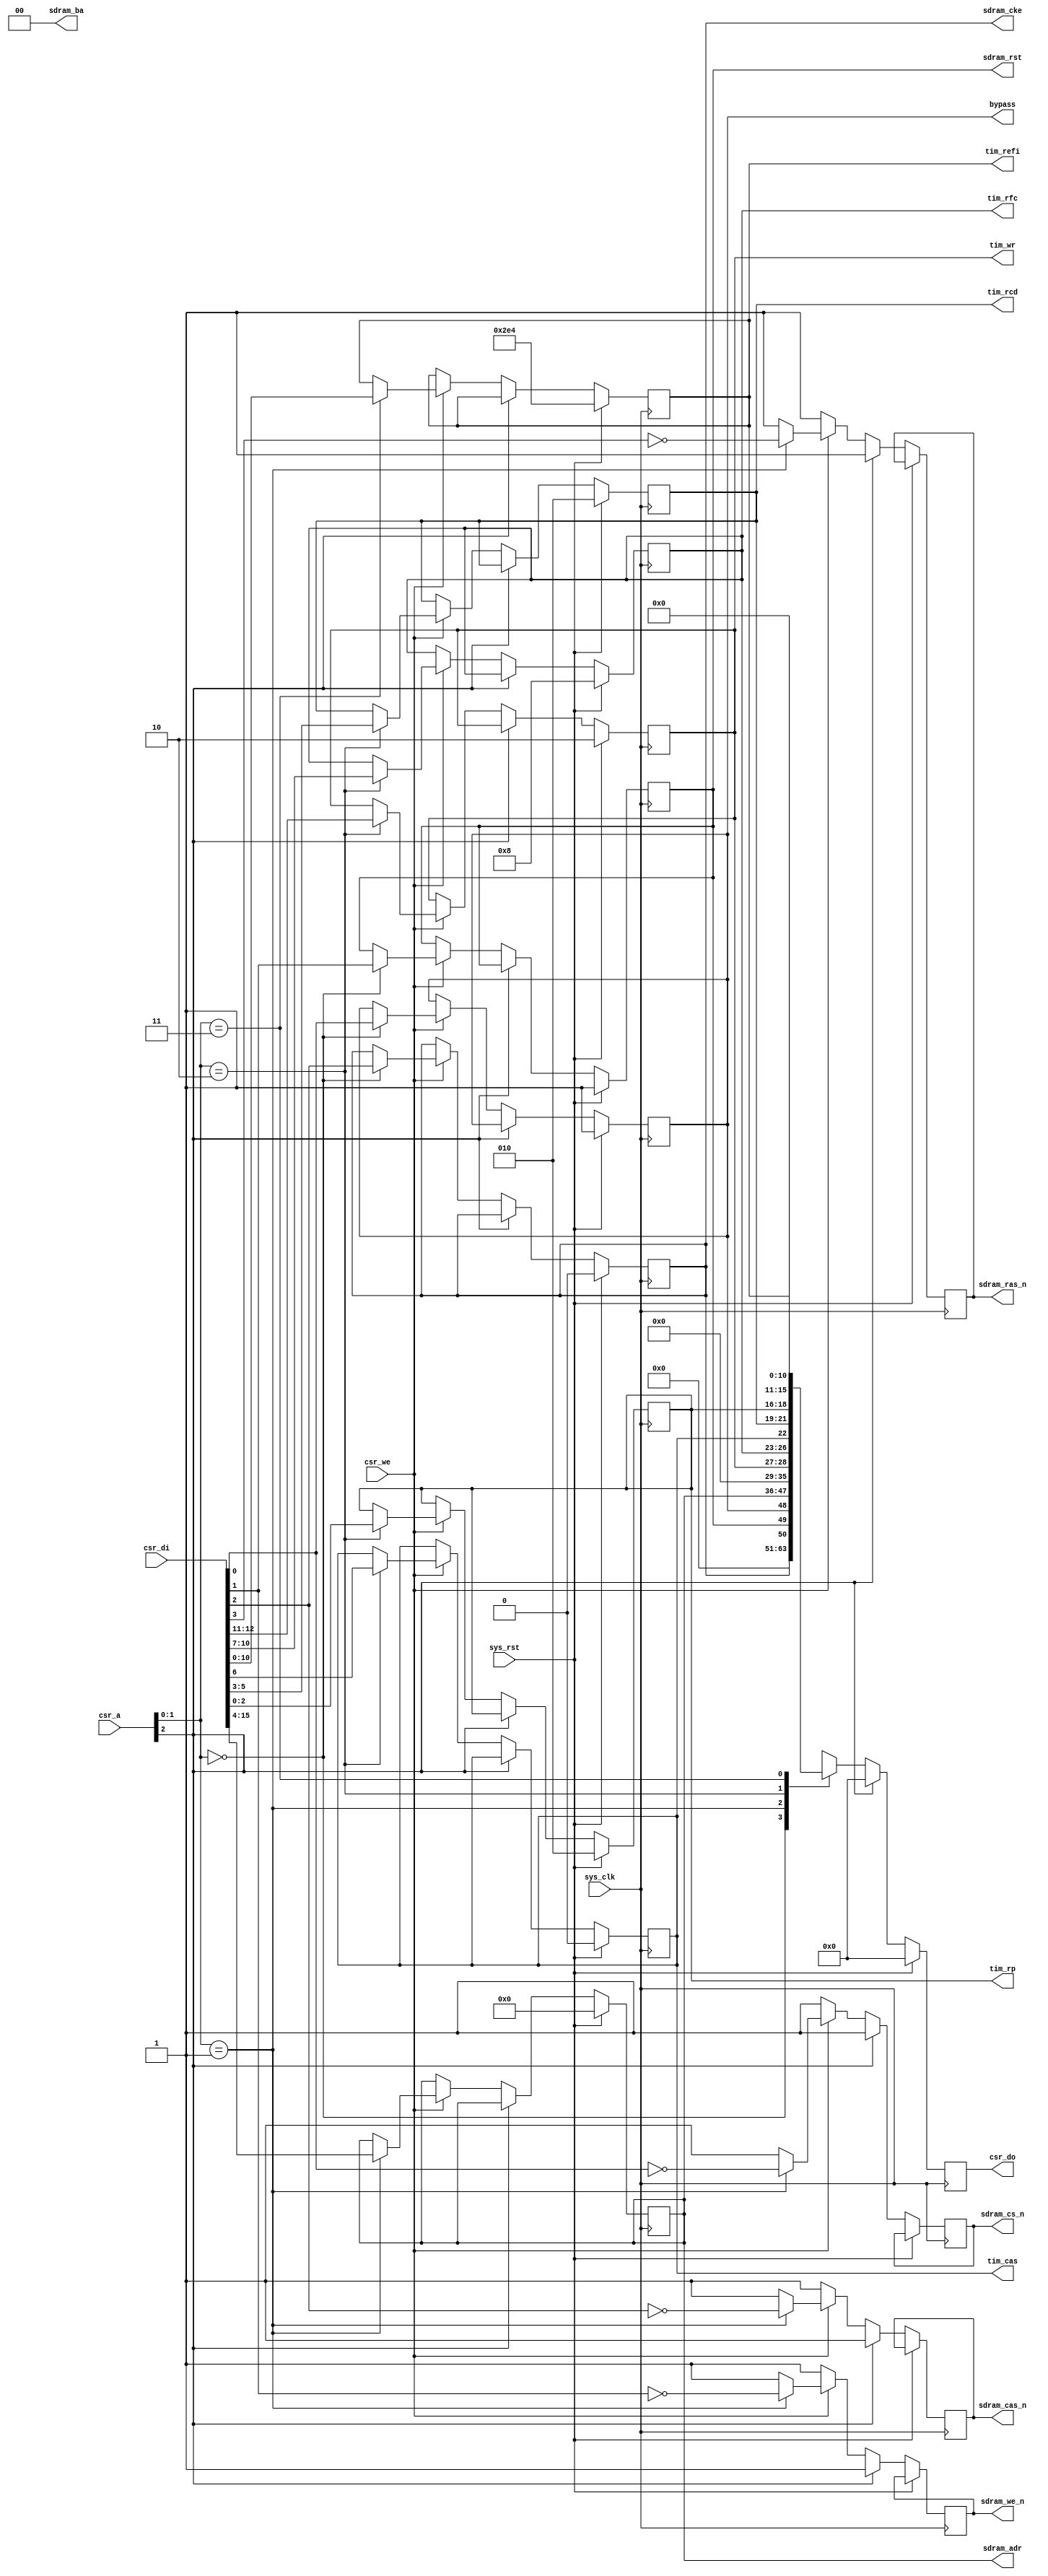
module hpdmc_ctlif #(
	parameter csr_addr = 1'b0,
	parameter sdram_addrdepth = 12
) (
	input sys_clk,
	input sys_rst,
	
	input      [ 2:0] csr_a,
	input             csr_we,
	input      [15:0] csr_di,
	output reg [15:0] csr_do,
	
	output reg bypass,
	output reg sdram_rst,
	
	output reg        sdram_cke,
	output reg        sdram_cs_n,
	output reg        sdram_we_n,
	output reg        sdram_cas_n,
	output reg        sdram_ras_n,
	output reg [sdram_addrdepth-1:0] sdram_adr,
	output     [ 1:0] sdram_ba,
	
	/* Clocks we must wait following a PRECHARGE command (usually tRP). */
	output reg [2:0] tim_rp,
	/* Clocks we must wait following an ACTIVATE command (usually tRCD). */
	output reg [2:0] tim_rcd,
	/* CAS latency, 0 = 2 */
	output reg tim_cas,
	/* Auto-refresh period (usually tREFI). */
	output reg [10:0] tim_refi,
	/* Clocks we must wait following an AUTO REFRESH command (usually tRFC). */
	output reg [3:0] tim_rfc,
	/* Clocks we must wait following the last word written to the SDRAM (usually tWR). */
	output reg [1:0] tim_wr
);

  localparam low_addr_bits16 = 16 - sdram_addrdepth;
  localparam low_addr_bits12 = sdram_addrdepth - 12;

wire csr_selected = csr_a[2] == csr_addr;

// We assume sdram_ba will be always zero, so we can truncate the bus to 16 bits
assign sdram_ba = 2'b00;

always @(posedge sys_clk) begin
	if(sys_rst) begin
		csr_do <= 16'd0;
	
		bypass <= 1'b1;
		sdram_rst <= 1'b1;
		
		sdram_cke <= 1'b0;
		sdram_adr <= {sdram_addrdepth{1'd0}};
		
		tim_rp <= 3'd2;
		tim_rcd <= 3'd2;
		tim_cas <= 1'b0;
		tim_refi <= 11'd740;
		tim_rfc <= 4'd8;
		tim_wr <= 2'd2;
	end else begin
		sdram_cs_n <= 1'b1;
		sdram_we_n <= 1'b1;
		sdram_cas_n <= 1'b1;
		sdram_ras_n <= 1'b1;
		
		csr_do <= 16'd0;
		if(csr_selected) begin
			if(csr_we) begin
				case(csr_a[1:0])
					2'b00: begin
						bypass <= csr_di[0];
						sdram_rst <= csr_di[1];
						sdram_cke <= csr_di[2];
					end
					2'b01: begin
						sdram_cs_n <= ~csr_di[0];
						sdram_we_n <= ~csr_di[1];
						sdram_cas_n <= ~csr_di[2];
						sdram_ras_n <= ~csr_di[3];
						sdram_adr <= { {low_addr_bits12{1'b0}}, csr_di[15:4]};
					end
					2'b10: begin
						tim_rp <= csr_di[2:0];
						tim_rcd <= csr_di[5:3];
						tim_cas <= csr_di[6];
						tim_rfc <= csr_di[10:7];
						tim_wr <= csr_di[12:11];
					end
          2'b11: begin
						tim_refi <= csr_di[10:0];
          end
				endcase
			end
			case(csr_a[1:0])
				2'b00: csr_do <= {sdram_cke, sdram_rst, bypass};
				2'b01: csr_do <= {sdram_adr, {low_addr_bits16{1'b0}} };
				2'b10: csr_do <= {tim_wr, tim_rfc, tim_cas, tim_rcd, tim_rp};
        2'b11: csr_do <= {5'd0, tim_refi};
			endcase
		end
	end
end

endmodule